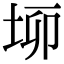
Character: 𡋫